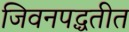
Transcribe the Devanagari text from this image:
जिवनपद्धतीत